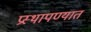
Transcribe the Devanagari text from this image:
प्रस्थापण्यात